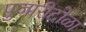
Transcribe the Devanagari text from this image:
पुजारीटोळा